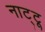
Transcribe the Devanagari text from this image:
नाट्टू